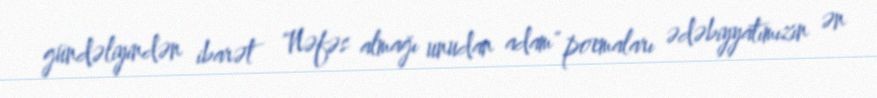
gündəliyindən ibarət "Nəfəs almağı unudan adam" poemaları ədəbiyyatımızın ən